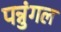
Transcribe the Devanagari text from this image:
पन्नुंगल